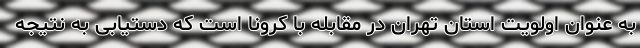
به عنوان اولویت استان تهران در مقابله با کرونا است که دستیابی به نتیجه